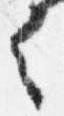
之